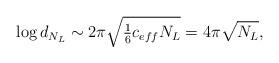
LaTeX: \begin{align*}\log d_{N_L}\sim {2\pi\sqrt{\textstyle{1\over 6} c_{eff}N_L}}=4\pi\sqrt{N_L},\end{align*}